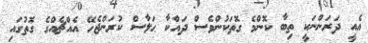
އެއީ ދަރަންނަކީ ތިބާ ކޮންމެ ގޮތަކުންވެސް ދައްކާ ޙަލާސް ކުރަންޖެހޭ އެއްޗެއްގެ ގޮތުގައި